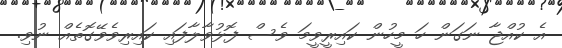
އެ ކުއްޖާ ނަގަން ހަ މީހުން ކައިރީވީމަ ވެސް ފޮޅުވާލާފައި ކައިރިވެވޭގޮތެއް ނުވި.